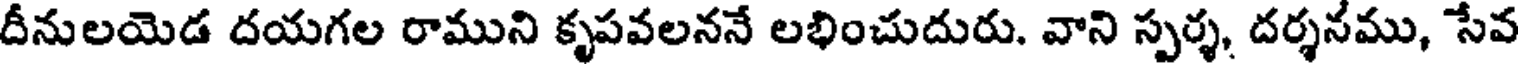
దీనులయెడ దయగల రాముని కృపవలననే లభించుదురు. వాని స్పర్శ, దర్శనము, సేవ